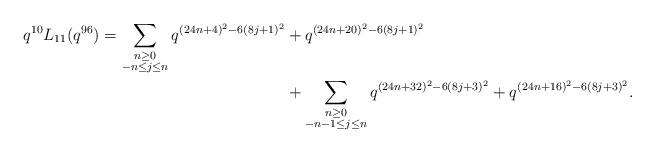
LaTeX: \begin{align*} \begin{aligned}q^{10} L_{11}(q^{96}) = \sum_{\substack{n \geq 0 \\ -n \leq j \leq n}} q^{(24n+4)^2 - 6(8j+1)^2} & + q^{(24n + 20)^2 - 6(8j+1)^2} \\& + \sum_{\substack{n \geq 0 \\ -n-1 \leq j \leq n}} q^{(24n+32)^2 - 6(8j+3)^2} + q^{(24n+16)^2 - 6(8j+3)^2}.\end{aligned}\end{align*}